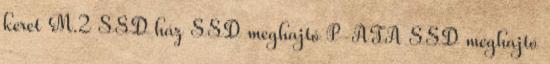
keret M.2 SSD ház SSD meghajtó P-ATA SSD meghajtó